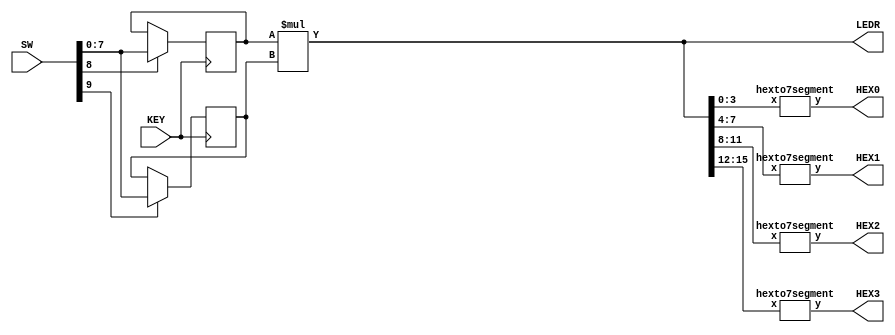
module part5(SW, KEY, LEDR, HEX0, HEX1, HEX2, HEX3);
	input[9:0] SW;
	input[0:0] KEY;
	output[15:0] LEDR;
	output[6:0] HEX0, HEX1, HEX2, HEX3;
	reg[7:0] A, B;
	
	always@(posedge KEY[0])
	begin
		
		if(SW[8])
			A <= SW[7:0];
		
		if(SW[9])
			B <= SW[7:0];
	end
	
	
	assign LEDR[15:0] = A*B;
	hexto7segment H0(LEDR[3:0],HEX0);
	hexto7segment H1(LEDR[7:4],HEX1);
	hexto7segment H2(LEDR[11:8],HEX2);
	hexto7segment H3(LEDR[15:12],HEX3);
endmodule



module hexto7segment(x,y);
	input[3:0] x;
	output[6:0] y;
	reg[6:0] h;

	always @*
		case (x)
		4'b0000 : h = 7'b1000000;  // 0
		4'b0001 : h = 7'b1111001;  // 1
		4'b0010 : h = 7'b0100100;  // 2
		4'b0011 : h = 7'b0110000;  // 3
		4'b0100 : h = 7'b0011001;  // 4
		4'b0101 : h = 7'b0010010;  // 5
		4'b0110 : h = 7'b0000010;  // 6
		4'b0111 : h = 7'b1111000;  // 7
		4'b1000 : h = 7'b0000000;  // 8
		4'b1001 : h = 7'b0010000;  // 9
		4'b1010 : h = 7'b0001000;  // A
		4'b1011 : h = 7'b0000011;  // B
		4'b1100 : h = 7'b1000110;  // C
		4'b1101 : h = 7'b0100001;  // D
		4'b1110 : h = 7'b0000110;  // E
		4'b1111 : h = 7'b0001110;  // F
	endcase

	assign y = h;
endmodule